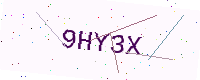
Text: 9HY3X